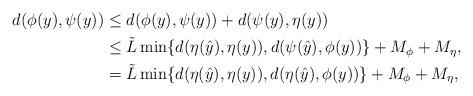
LaTeX: \begin{align*} \begin{aligned} d(\phi (y), \psi (y)) & \leq d(\phi (y), \psi (y)) + d(\psi (y), \eta (y)) \\ & \leq \tilde L \min\{ d(\eta(\hat y), \eta (y)), d(\psi(\hat y), \phi (y))\} +M_\phi + M_\eta ,\\ & = \tilde L \min\{ d(\eta(\hat y), \eta (y)), d(\eta(\hat y), \phi (y))\} +M_\phi + M_\eta,\\ \end{aligned}\end{align*}